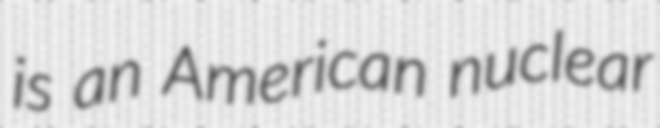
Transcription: is an American nuclear